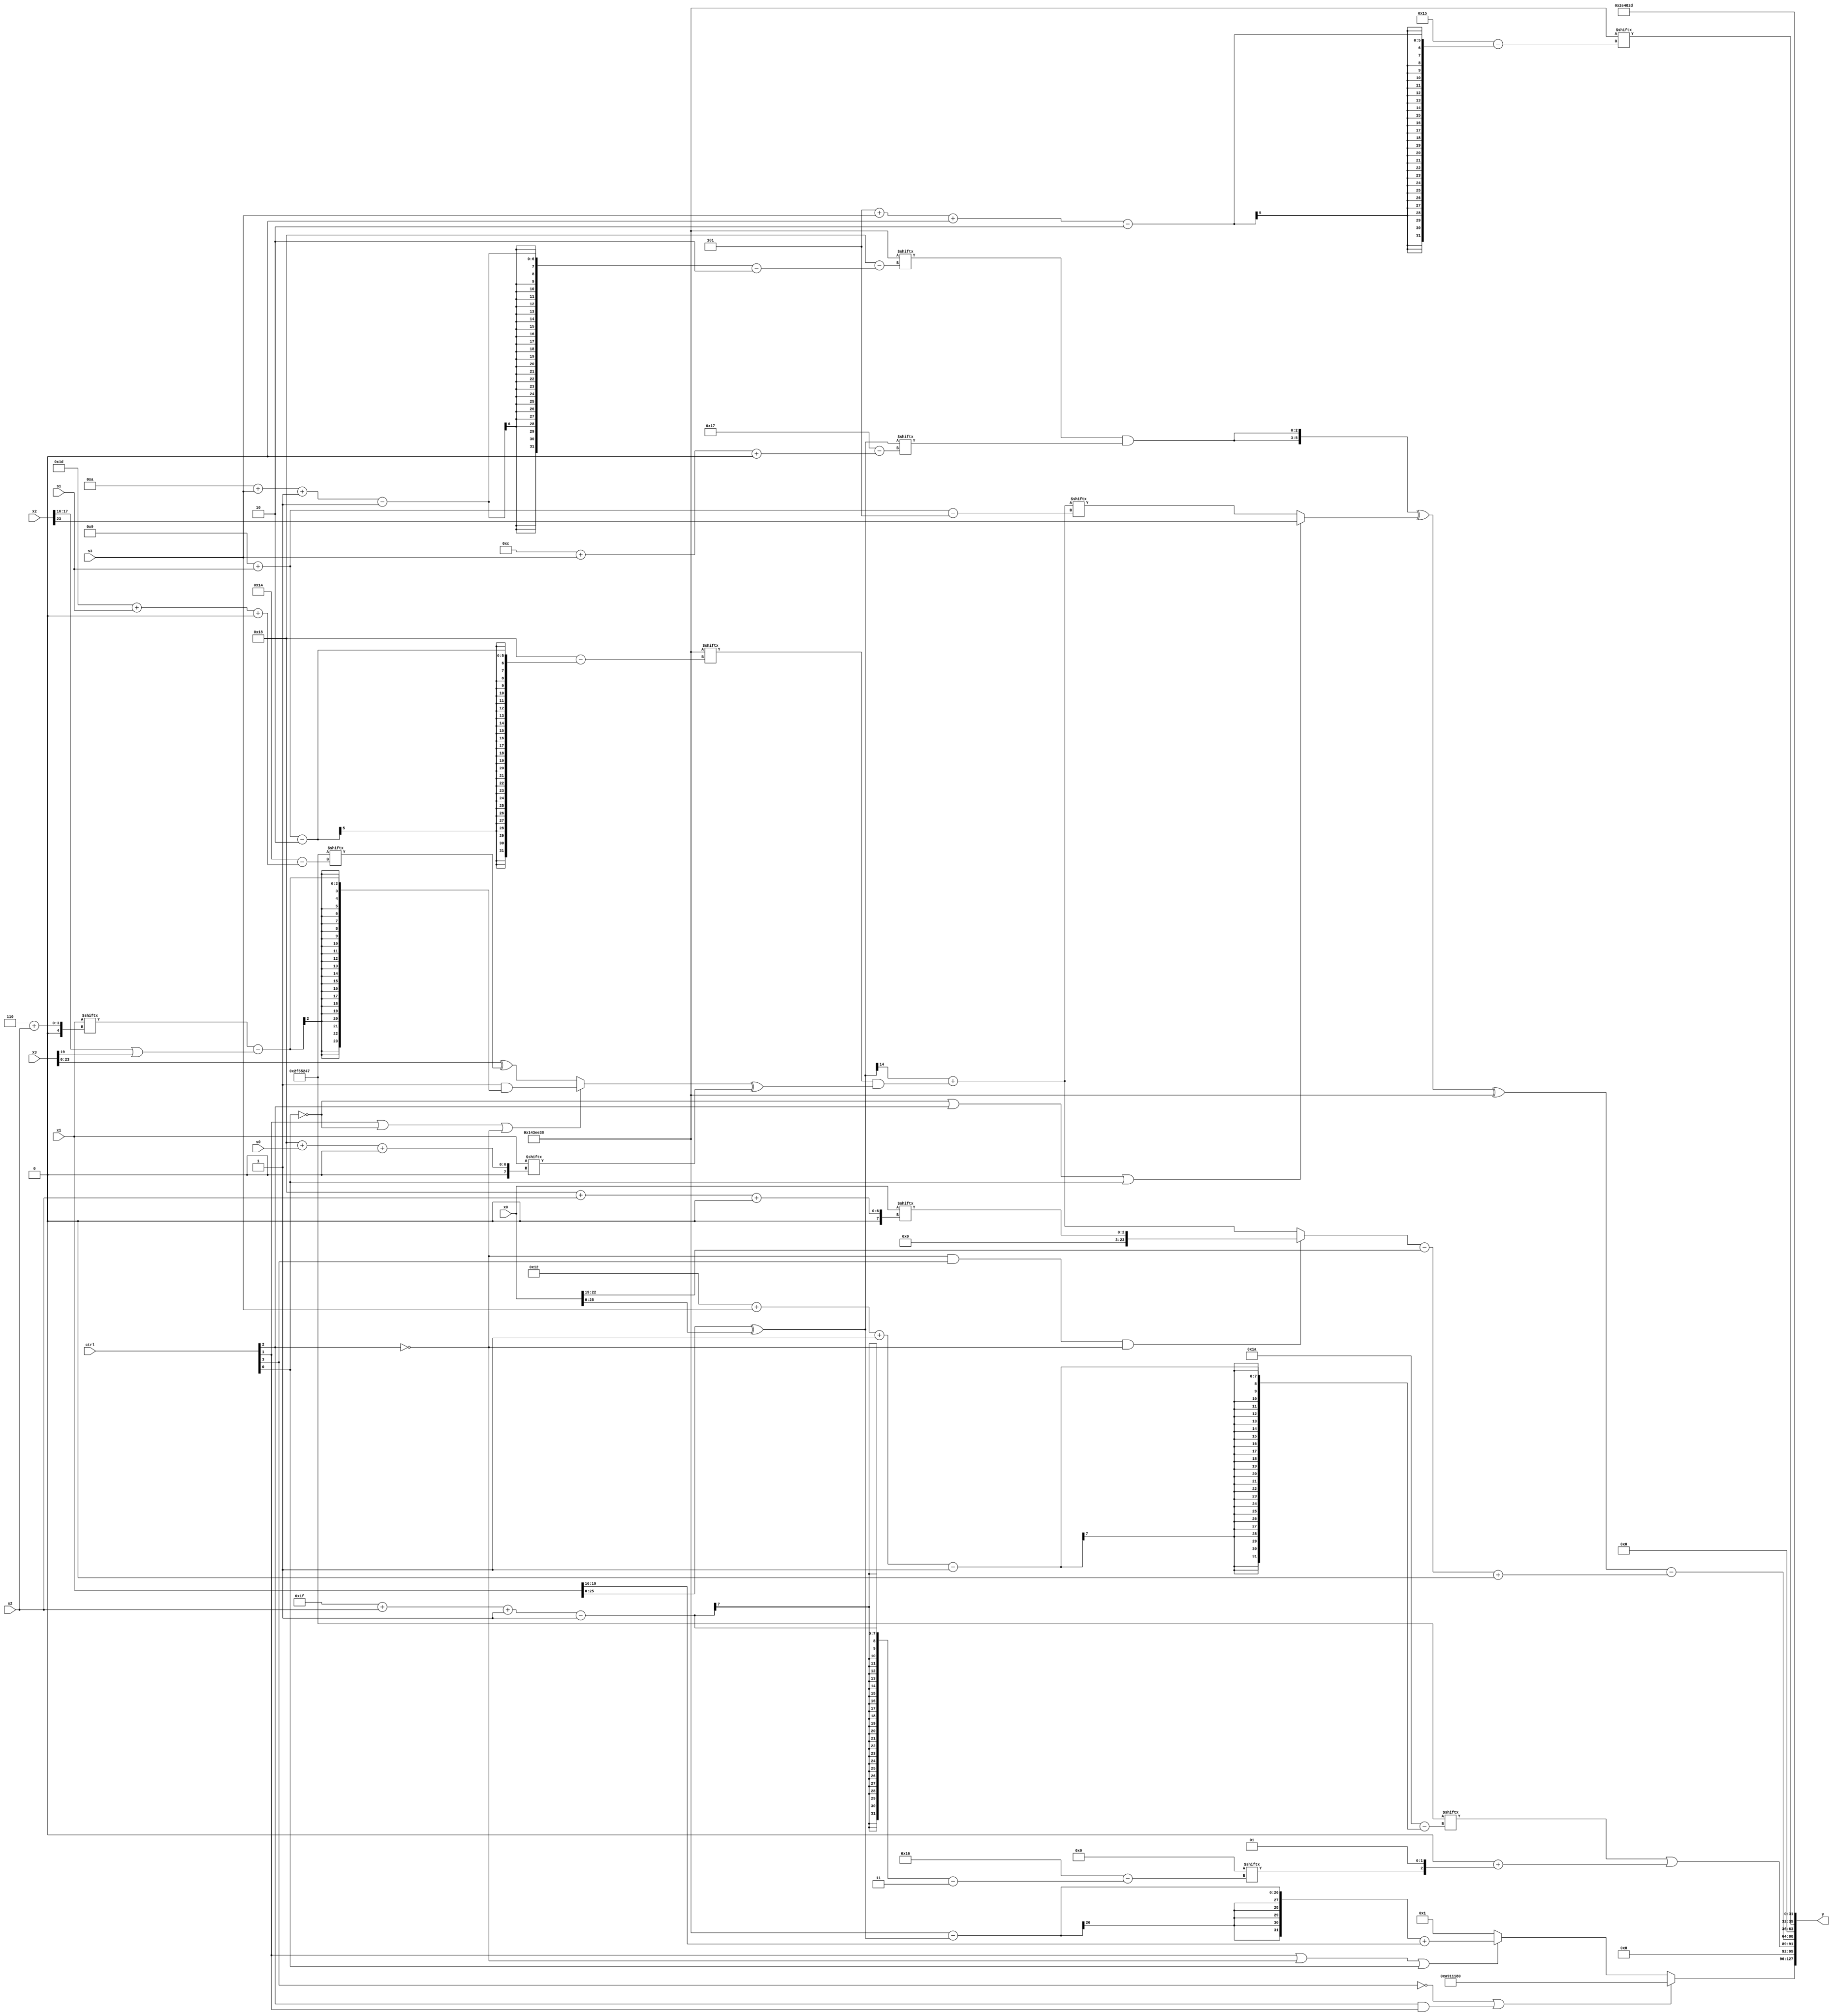
module partsel_00512(ctrl, s0, s1, s2, s3, x0, x1, x2, x3, y);
  input [3:0] ctrl;
  input [2:0] s0;
  input [2:0] s1;
  input [2:0] s2;
  input [2:0] s3;
  input [31:0] x0;
  input [31:0] x1;
  input [31:0] x2;
  input [31:0] x3;
  wire [0:25] x4;
  wire [3:25] x5;
  wire signed [28:5] x6;
  wire signed [6:30] x7;
  wire signed [5:28] x8;
  wire [1:24] x9;
  wire [6:28] x10;
  wire signed [25:2] x11;
  wire signed [30:0] x12;
  wire [26:3] x13;
  wire signed [2:25] x14;
  wire [1:30] x15;
  output [127:0] y;
  wire [31:0] y0;
  wire [31:0] y1;
  wire [31:0] y2;
  wire [31:0] y3;
  assign y = {y0,y1,y2,y3};
  localparam signed [6:27] p0 = 501892166;
  localparam signed [0:26] p1 = 989155911;
  localparam signed [2:26] p2 = 524545592;
  localparam [27:5] p3 = 112085037;
  assign x4 = (x1 ^ {x3[9 +: 4], x0});
  assign x5 = p3[11 +: 2];
  assign x6 = (x4[11] + (p2[9 + s1] & ((ctrl[1] || !ctrl[0] || !ctrl[2] ? (p3[22] & (x1[6 + s2] - (x2[16 +: 2] | x3[19]))) : (x3 ^ p1[29 + s1 +: 7])) ^ x1[24 + s0 +: 5])));
  assign x7 = p3[15 +: 4];
  assign x8 = x1;
  assign x9 = {({2{p0[8 +: 1]}} | p3[22]), ((((!ctrl[2] || ctrl[3] || ctrl[1] ? x4 : (p2[29 + s3 -: 7] - p3[31 + s2 +: 2])) & ((p1 & p3) + x4[18 + s1])) | x2[16 + s0]) | p2[12 + s3 +: 7])};
  assign x10 = ((p0[13 -: 3] & ({((x8[25 + s0 +: 3] + x8[9 + s3 +: 5]) | p3), (p3[20 -: 3] - p2)} - p1[12 -: 3])) ^ {2{x6[16 + s1 -: 3]}});
  assign x11 = ((((x7[16 -: 3] + {x7[22 -: 1], (x3[11 + s3] | x10[13 -: 2])}) - x10) | (!ctrl[2] || !ctrl[1] && !ctrl[2] ? {2{{2{x0[13 +: 4]}}}} : (!ctrl[0] || ctrl[0] && ctrl[2] ? x1 : p0[12 -: 1]))) + p2);
  assign x12 = {2{p3}};
  assign x13 = {2{{2{x3[5 + s0 -: 6]}}}};
  assign x14 = p1;
  assign x15 = x8[19 + s3 -: 4];
  assign y0 = (!ctrl[3] || ctrl[2] && ctrl[1] ? {p0, {2{x15[15 +: 3]}}} : (ctrl[1] || !ctrl[2] || ctrl[0] ? ((p2 - x4) + x1[19 -: 4]) : p3[10]));
  assign y1 = {(p1[18 + s3 -: 1] | (p3[15 -: 3] + {x5[31 + s2 -: 1], (p1[13 +: 2] | p0[23 -: 1])})), ((({2{(p2[10 + s3 -: 1] & x4[12 + s3 +: 3])}} ^ (!ctrl[0] || ctrl[2] || ctrl[0] ? x2[23] : x6[9 + s1])) ^ p2) - (((!ctrl[2] && ctrl[3] && !ctrl[2] ? x0[24 + s2 +: 3] : x6) - x0[19 +: 4]) + x14[18]))};
  assign y2 = p2[5 + s3 +: 4];
  assign y3 = p3;
endmodule